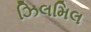
ઝિલમિલ